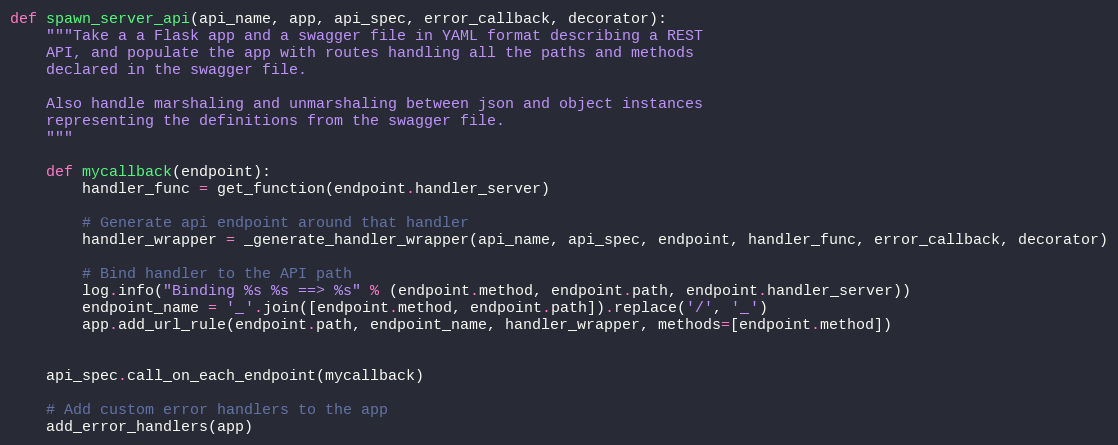
Language: Python
def spawn_server_api(api_name, app, api_spec, error_callback, decorator):
    """Take a a Flask app and a swagger file in YAML format describing a REST
    API, and populate the app with routes handling all the paths and methods
    declared in the swagger file.

    Also handle marshaling and unmarshaling between json and object instances
    representing the definitions from the swagger file.
    """

    def mycallback(endpoint):
        handler_func = get_function(endpoint.handler_server)

        # Generate api endpoint around that handler
        handler_wrapper = _generate_handler_wrapper(api_name, api_spec, endpoint, handler_func, error_callback, decorator)

        # Bind handler to the API path
        log.info("Binding %s %s ==> %s" % (endpoint.method, endpoint.path, endpoint.handler_server))
        endpoint_name = '_'.join([endpoint.method, endpoint.path]).replace('/', '_')
        app.add_url_rule(endpoint.path, endpoint_name, handler_wrapper, methods=[endpoint.method])

    api_spec.call_on_each_endpoint(mycallback)

    # Add custom error handlers to the app
    add_error_handlers(app)